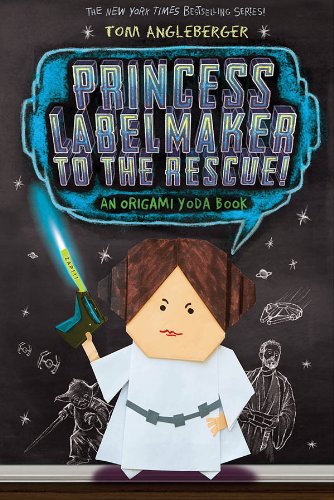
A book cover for Princess Labelmaker to the Rescue: An Origami Yoda Book; Tom Angleberger; Crafts, Hobbies & Home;